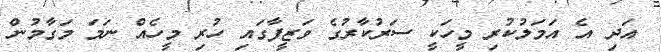
އަދި އެ އަމަލުކުރި މީހަކީ ސަރުކާރުގެ ވަޒީފާގައި ހުރި މީހެއް ނަމަ މަގާމުން